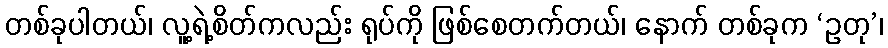
တစ်ခုပါတယ်၊ လူ့ရဲ့စိတ်ကလည်း ရုပ်ကို ဖြစ်စေတက်တယ်၊ နောက် တစ်ခုက ‘ဥတု’၊